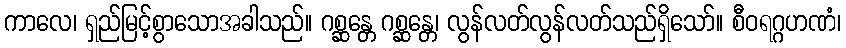
ကာလေ၊ ရှည်မြင့်စွာသောအခါသည်။ ဂစ္ဆန္တေ ဂစ္ဆန္တေ၊ လွန်လတ်လွန်လတ်သည်ရှိသော်။ စီဝရဂ္ဂဟဏံ၊